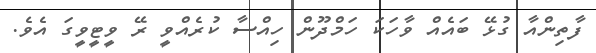
ފާތިންއާ ގުޅޭ ބައެއް ވާހަކަ ހަމްދޫން ހިއްސާ ކުރެއްވީ ރޭ ވީޓީވީގަ އެވެ.